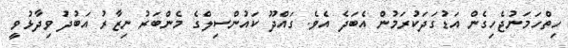
ހިތްހަމަނުޖެހިގެން އަޑުގަދަކުރަމުން އެބަދެ އެވެ. ގައްދޫ ކައުންސިލްގެ މެންބަރު ނިޒާރު އަބުދު ވިދާޅުވީ